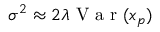
\sigma ^ { 2 } \approx 2 \lambda \mathrm { ~ V ~ a ~ r ~ } ( x _ { p } )